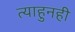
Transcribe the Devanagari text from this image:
त्याहुनही